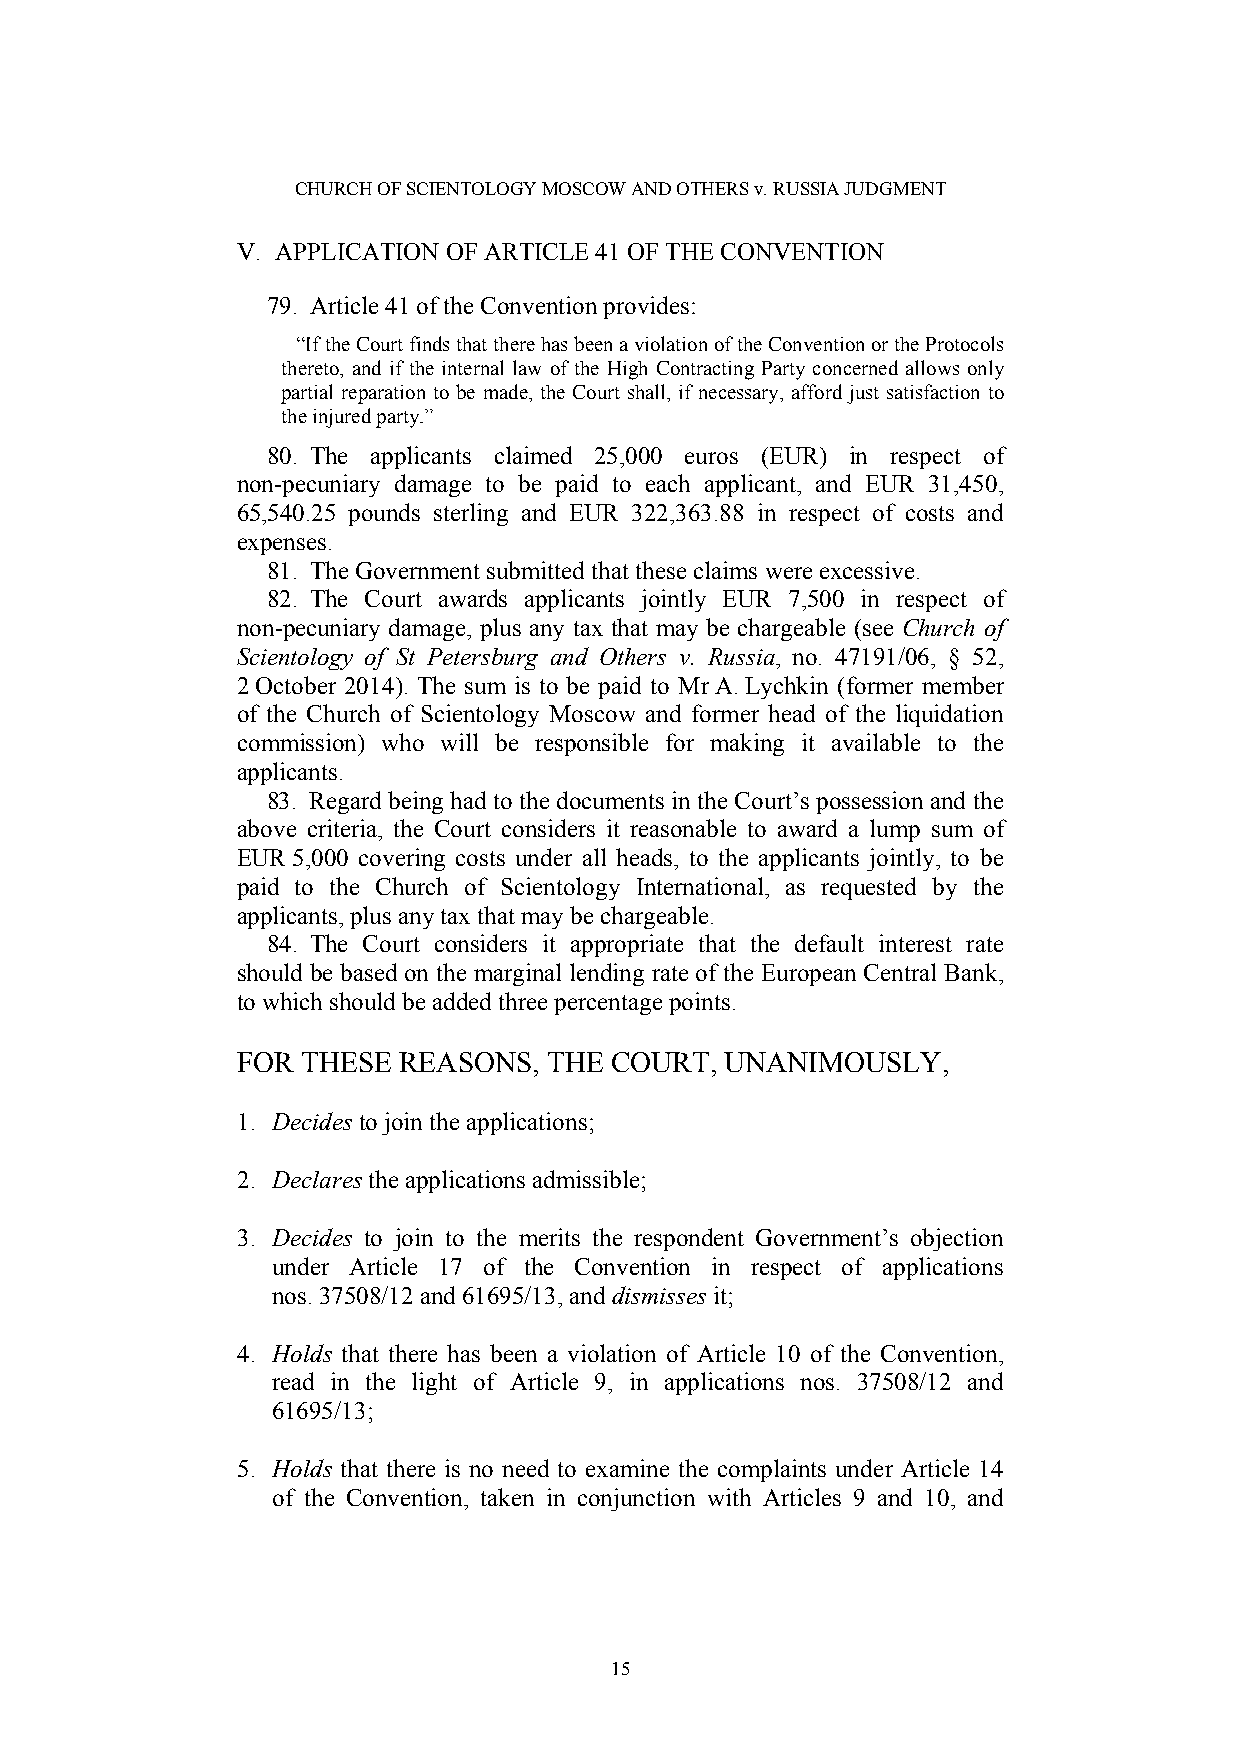
CHURCH OF SCIENTOLOGY MOSCOW AND OTHERS v. RUSSIA JUDGMENT
 V. APPLICATION OF ARTICLE 41 OF THE CONVENTION
 79. Article 41 of the Convention provides:
 “If the Court finds that there has been a violation of the Convention or the Protocols
 thereto, and if the internal law of the High Contracting Party concerned allows only
 partial reparation to be made, the Court shall, if necessary, afford just satisfaction to
 the injured party.”
 80. The applicants claimed 25,000 euros (EUR) in respect of
 non-pecuniary damage to be paid to each applicant, and EUR 31,450,
 65,540.25 pounds sterling and EUR 322,363.88 in respect of costs and
 expenses.
 81. The Government submitted that these claims were excessive.
 82. The Court awards applicants jointly EUR 7,500 in respect of
 non pecuniary damage, plus any tax that may be chargeable (see Church of
 Scientology of St Petersburg and Others v. Russia, no. 47191/06, § 52,
 2 Oc‑tober 2014). The sum is to be paid to Mr A. Lychkin (former member
 of the Church of Scientology Moscow and former head of the liquidation
 commission) who will be responsible for making it available to the
 applicants.
 83. Regard being had to the documents in the Court’s possession and the
 above criteria, the Court considers it reasonable to award a lump sum of
 EUR 5,000 covering costs under all heads, to the applicants jointly, to be
 paid to the Church of Scientology International, as requested by the
 applicants, plus any tax that may be chargeable.
 84. The Court considers it appropriate that the default interest rate
 should be based on the marginal lending rate of the European Central Bank,
 to which should be added three percentage points.
 FOR THESE REASONS,  THE COURT,  UNANIMOUSLY,
 1. Decides to join the applications;
 2. Declares the applications admissible;
 3. Decides to join to the merits the respondent Government’s objection
 under Article 17 of the Convention in respect of applications
 nos. 37508/12 and 61695/13, and dismisses it;
 4. Holds that there has been a violation of Article 10 of the Convention,
 read in the light of Article 9, in applications nos. 37508/12 and
 61695/13;
 5. Holds that there is no need to examine the complaints under Article 14
 of the Convention, taken in conjunction with Articles 9 and 10, and
 15